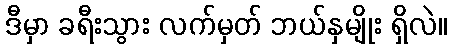
ဒီမှာ ခရီးသွား လက်မှတ် ဘယ်နှမျိုး ရှိလဲ။